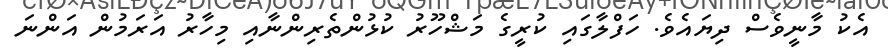
އެކު މާނީވެސް ދިޔައެވެ. ހަފްލާގައި ކުރީގެ މަޝްހޫރު ކުޅުންތެރިންނާއި މިހާރު އަރަމުން އަންނަ